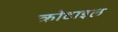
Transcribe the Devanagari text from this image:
क्रोटाइल